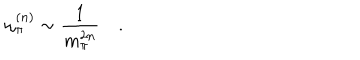
\omega _ { \pi } ^ { ( n ) } \sim \frac { 1 } { m _ { \pi } ^ { 2 n } } \quad .